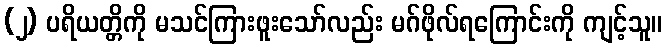
(၂) ပရိယတ္တိကို မသင်ကြားဖူးသော်လည်း မဂ်ဖိုလ်ရကြောင်းကို ကျင့်သူ။